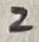
Text: 2